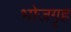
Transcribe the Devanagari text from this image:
भोजगृह